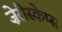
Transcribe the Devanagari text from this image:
ज़ेरीस्‍केप्‍स